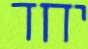
יחד